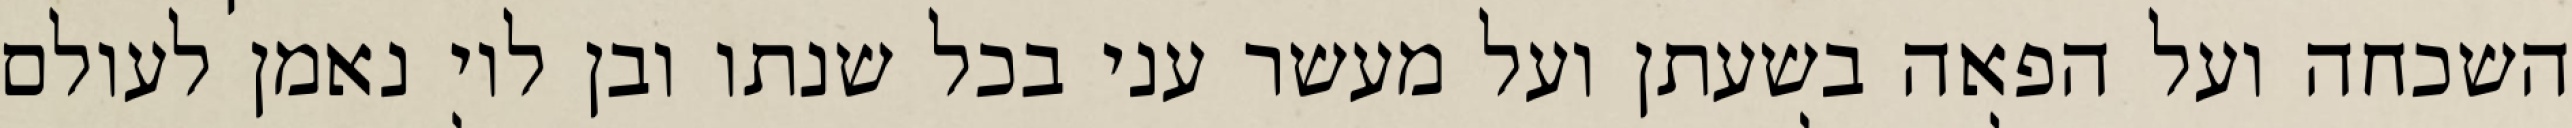
השכחה ועל הפאה בשעתן ועל מעשר עני בכל שנתו ובן לוי נאמן לעולם